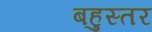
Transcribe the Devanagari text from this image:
बहुस्तर